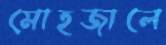
মোহজালে